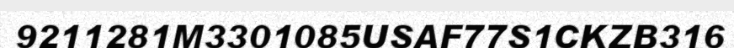
9211281M3301085USAF77S1CKZB316